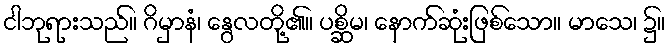
ငါဘုရားသည်။ ဂိမှာနံ၊ နွေလတို့၏။ ပစ္ဆိမ၊ နောက်ဆုံးဖြစ်သော။ မာသေ၊ ၌။